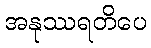
အနုဿရတိပေ